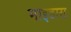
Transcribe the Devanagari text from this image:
माइडास